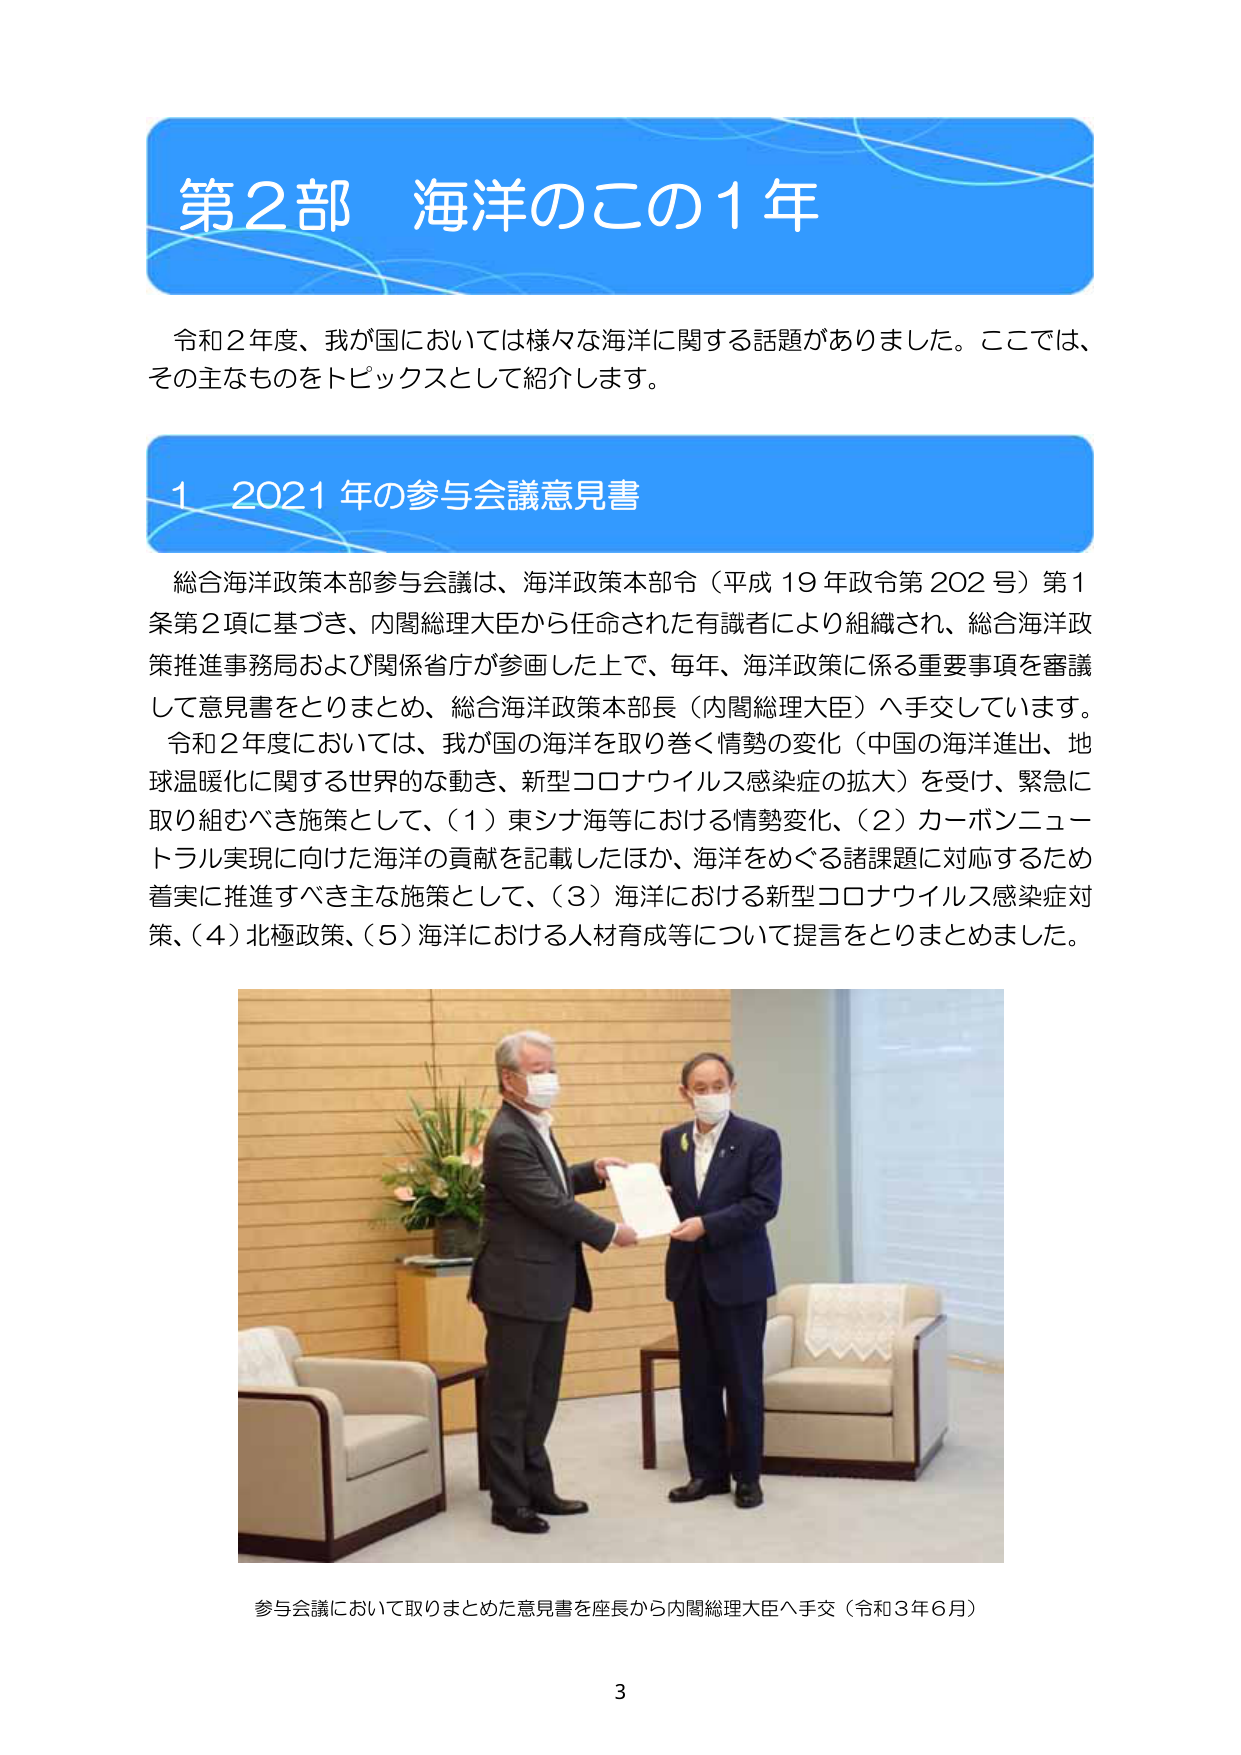
第2部 海洋のこの1年

令和2年度、我が国においては様々な海洋に関する話題がありました。ここでは、その主なものをトピックスとして紹介します。

1 2021年の参与会議意見書

総合海洋政策本部参与会議は、海洋政策本部令（平成19年政令第202号）第1条第2項に基づき、内閣総理大臣から任命された有識者により組織され、総合海洋政策推進事務局および関係省庁が参画した上で、毎年、海洋政策に係る重要事項を審議して意見書をとりまとめ、総合海洋政策本部長（内閣総理大臣）へ手交しています。

令和2年度においては、我が国の海洋を取り巻く情勢の変化（中国の海洋進出、地球温暖化に関する世界的な動き、新型コロナウイルス感染症の拡大）を受け、緊急に取り組むべき施策として、（1）東シナ海等における情勢変化、（2）カーボンニュートラル実現に向けた海洋の貢献を記載したほか、海洋をめぐる諸課題に対応するため着実に推進すべき主な施策として、（3）海洋における新型コロナウイルス感染症対策、（4）北極政策、（5）海洋における人材育成等について提言をとりまとめました。

参与会議において取りまとめた意見書を座長から内閣総理大臣へ手交（令和3年6月）

3